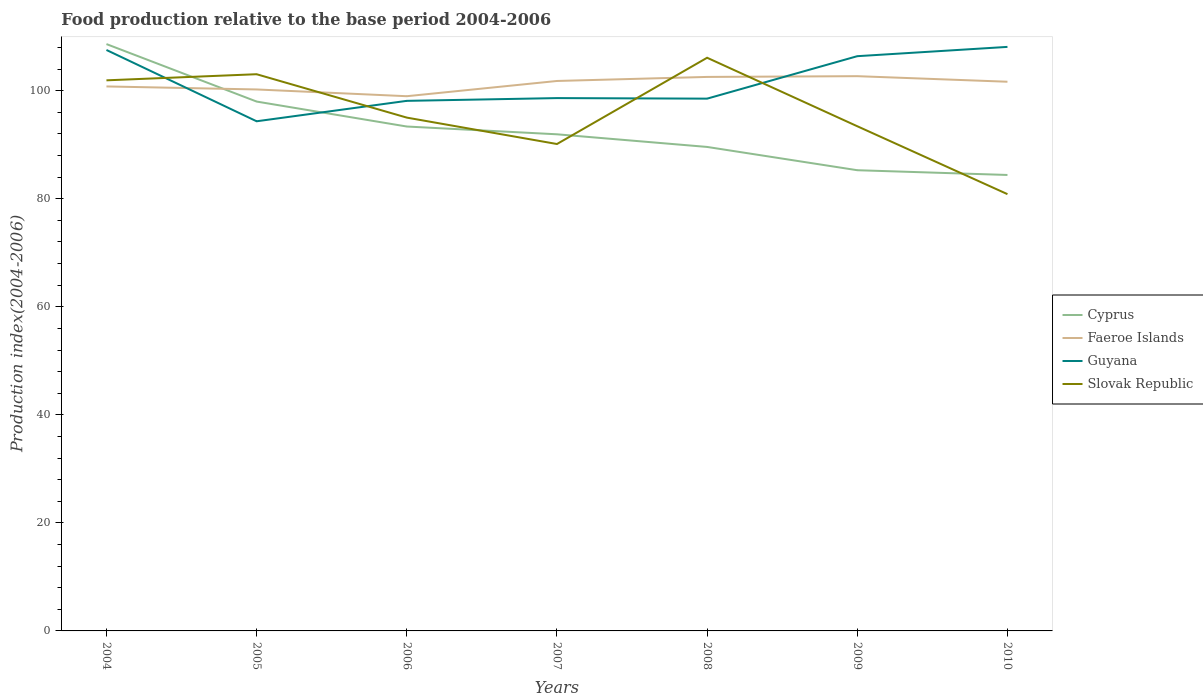
| Years | Cyprus | Faeroe Islands | Guyana | Slovak Republic |
 | --- | --- | --- | --- | --- |
 | 2004 | 109 | 101 | 108 | 102 |
 | 2005 | 98 | 100 | 94.3 | 103 |
 | 2006 | 93.4 | 99 | 98.1 | 95 |
 | 2007 | 91.9 | 102 | 98.6 | 90.1 |
 | 2008 | 89.6 | 103 | 98.5 | 106 |
 | 2009 | 85.3 | 103 | 106 | 93.4 |
 | 2010 | 84.4 | 102 | 108 | 80.8 |